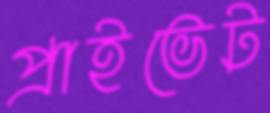
প্রাইভেট